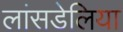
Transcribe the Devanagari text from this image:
लांसडेलिया